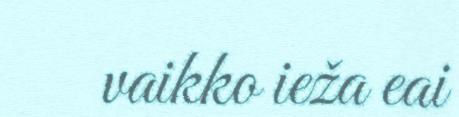
vaikko ieža eai